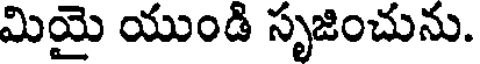
మియై యుండి సృజించును.